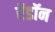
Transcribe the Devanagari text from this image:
रॅडॉन